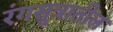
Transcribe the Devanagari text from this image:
रंगसूत्रातील